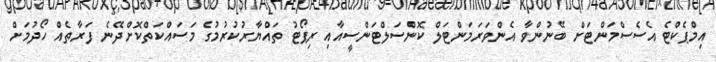
އިމްޕެކްޓެ އެސެސްމަންޓަށް ބޭނުންވާ އެންވަރަމަންޓަލް ކޮންސަލްޓަންސީއާއި ރިޕޯޓު ތައްޔާރުކުރުމުގެ މަސައްކަތްކޮށްދޭނެ ފަރާތެއް ހޯދުމަށް